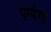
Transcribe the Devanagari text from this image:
पम्पंगा